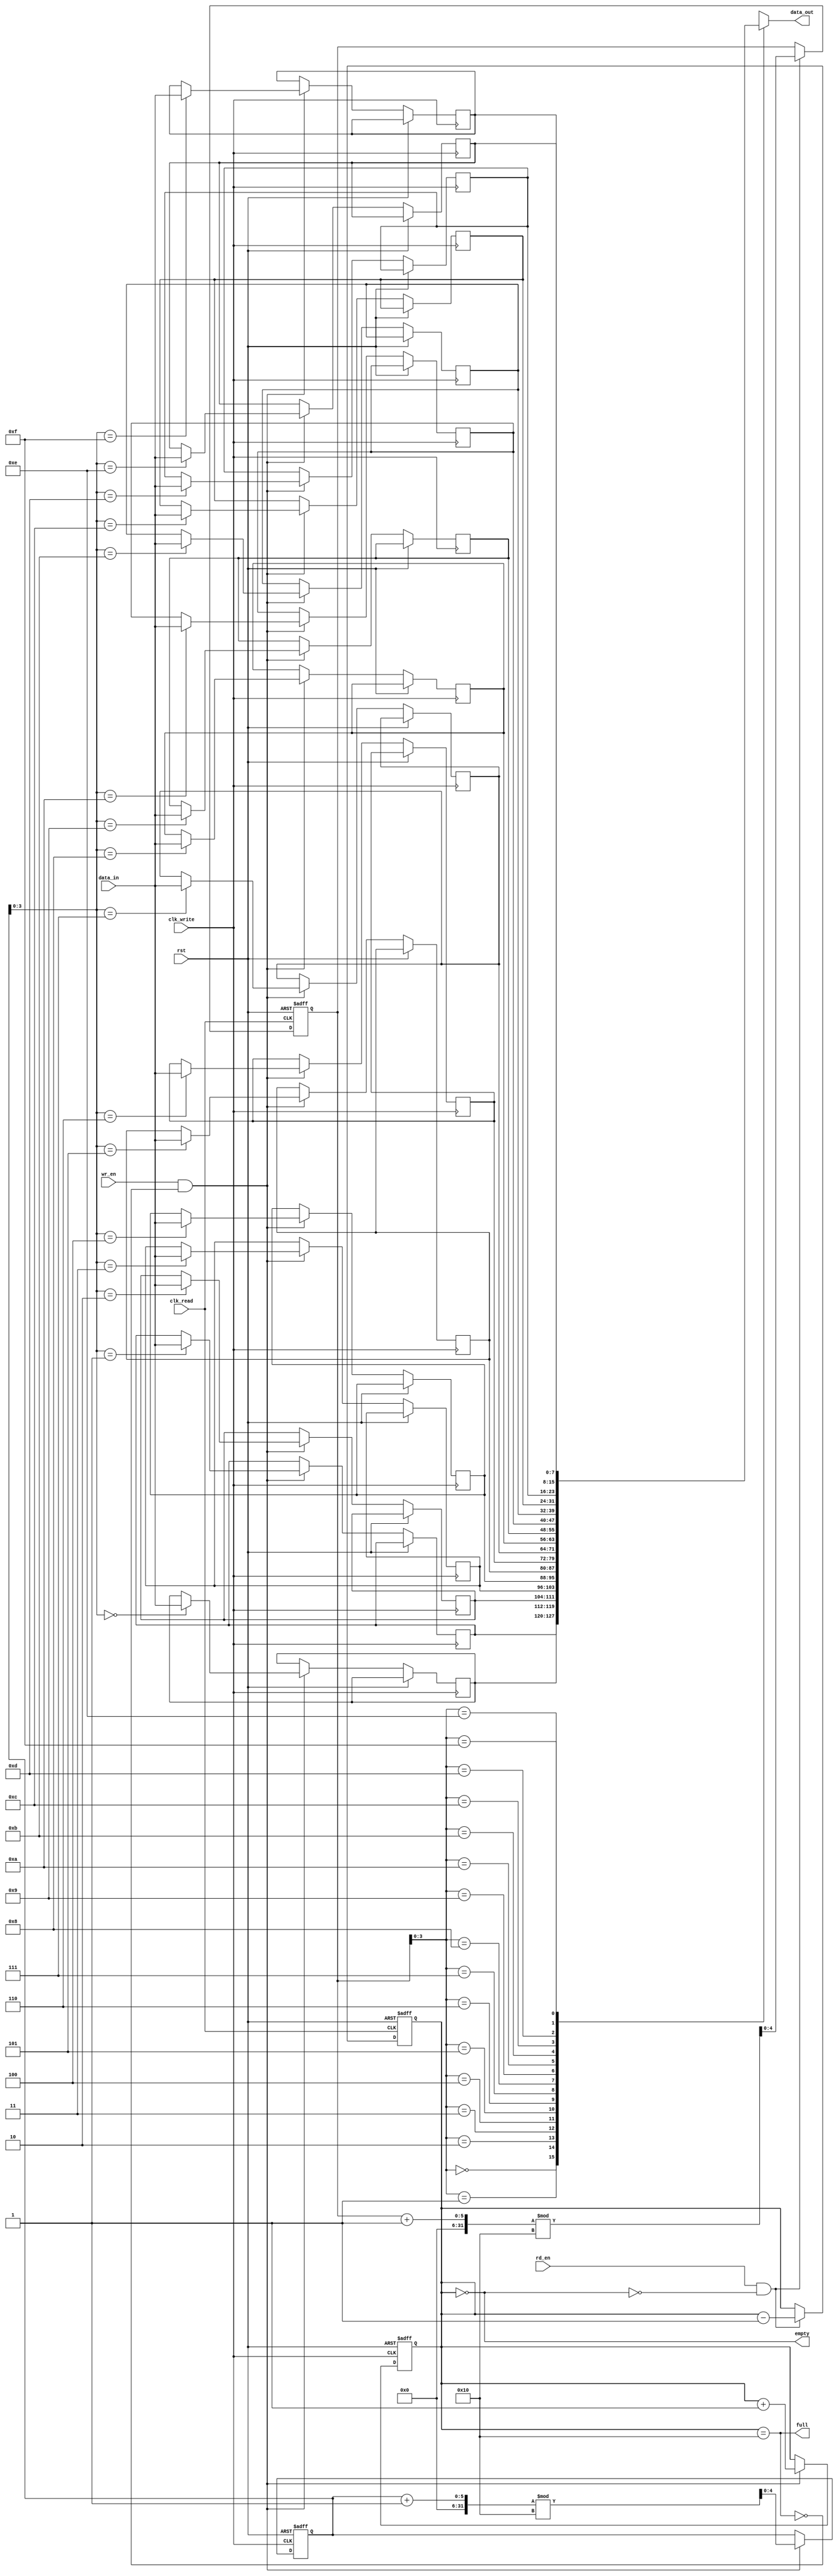
module dual_clock_fifo #(
    parameter DATA_WIDTH = 8,       // Width of each data entry
    parameter FIFO_DEPTH = 16        // Number of entries in the FIFO
)(
    input wire clk_write,            // Write clock
    input wire clk_read,             // Read clock
    input wire rst,                  // Reset signal
    input wire wr_en,                // Write enable signal
    input wire rd_en,                // Read enable signal
    input wire [DATA_WIDTH-1:0] data_in, // Data to write
    output wire [DATA_WIDTH-1:0] data_out, // Data read out
    output wire full,                // FIFO full flag
    output wire empty                // FIFO empty flag
);

    // Internal memory storage
    reg [DATA_WIDTH-1:0] memory [0:FIFO_DEPTH-1];
    
    // Pointer registers
    reg [4:0] write_pointer;         // Write pointer
    reg [4:0] read_pointer;          // Read pointer
    reg [4:0] count;                 // Number of elements in FIFO

    // Status flags
    assign full = (count == FIFO_DEPTH);
    assign empty = (count == 0);
    assign data_out = memory[read_pointer];

    // Write logic
    always @(posedge clk_write or posedge rst) begin
        if (rst) begin
            write_pointer <= 0;
            count <= 0;
        end else if (wr_en && !full) begin
            memory[write_pointer] <= data_in;
            write_pointer <= (write_pointer + 1) % FIFO_DEPTH; // Wrap around
            count <= count + 1;
        end
    end

    // Read logic
    always @(posedge clk_read or posedge rst) begin
        if (rst) begin
            read_pointer <= 0;
            count <= 0; // Reset count here for simplicity; can also maintain separately.
        end else if (rd_en && !empty) begin
            read_pointer <= (read_pointer + 1) % FIFO_DEPTH; // Wrap around
            count <= count - 1;
        end
    end

endmodule